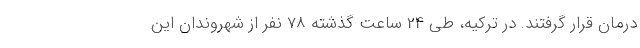
درمان قرار گرفتند. در ترکیه، طی 24 ساعت گذشته 78 نفر از شهروندان این